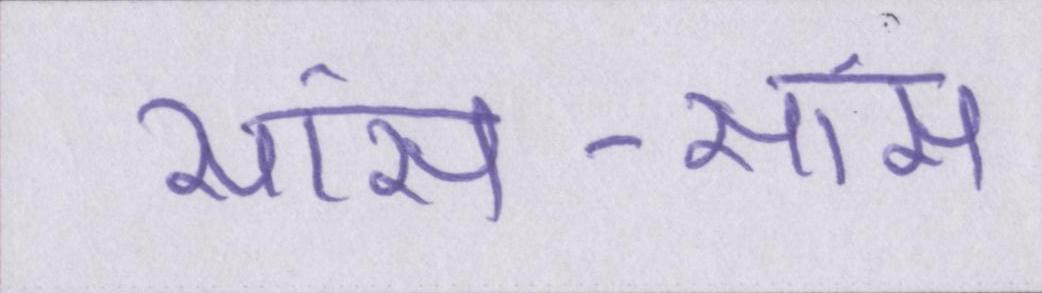
सांस-सांस